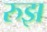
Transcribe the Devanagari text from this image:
रुझ